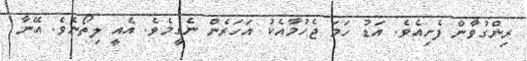
ރިންގުވާން ފެށިއެވެ. އަޑު ހަމަ ޖެހުމާއެކު އަހަރެން ނެގީމެވެ. އެއީ ލިތޯނެވެ. އޭނާ